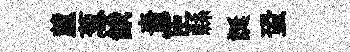
麓葱餓嗇宦縣誕蛩